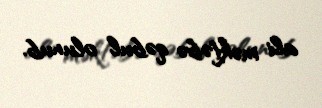
ali məktəbə qəbul olunub.